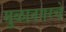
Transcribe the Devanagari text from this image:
मुळानगरचे